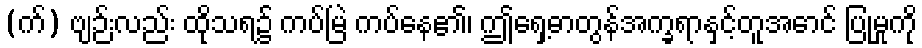
(က်) ဗျဉ်းလည်း ထိုသရ၌ ကပ်မြဲ ကပ်နေ၏၊ ဤရှေ့ဓာတွန်အက္ခရာနှင့်တူအောင် ပြုမှုကို